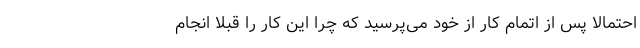
احتمالا پس از اتمام کار از خود می‌پرسید که چرا این کار را قبلا انجام